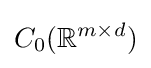
C_{0}(\mathbb {R} ^{m\times d})